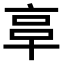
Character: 𠅖